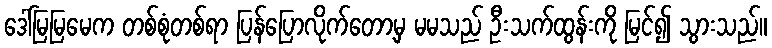
ဒေါ်မြမြမေက တစ်စုံတစ်ရာ ပြန်ပြောလိုက်တော့မှ မမသည် ဦးသက်ထွန်းကို မြင်၍ သွားသည်။